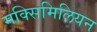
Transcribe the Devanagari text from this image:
मक्सिमिलियन